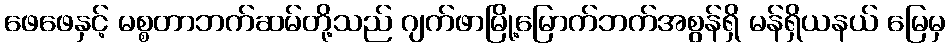
ဖေဖေနှင့် မစ္စတာဘက်ဆမ်တို့သည် ဂျက်ဖာမြို့မြောက်ဘက်အစွန်ရှိ မန်ရှိယနယ် မြေမှ